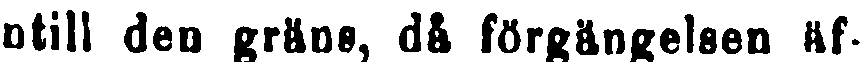
intill den grans, då förgängelsen äf-